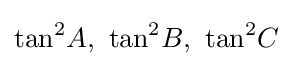
\tan ^{2}\!A,\ \tan ^{2}\!B,\ \tan ^{2}\!C